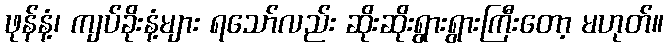
ဖုန်နံ့၊ ကျပ်ခိုးနံ့များ ရသော်လည်း ဆိုးဆိုးရွားရွားကြီးတော့ မဟုတ်။